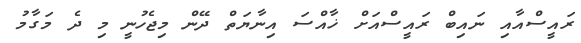
ރައީސްއާއި ނައިބް ރައީސްއަށް ޚާއްސަ އިނާޔަތް ދޭން މިޖެހުނީ މި ދެ މަގާމު